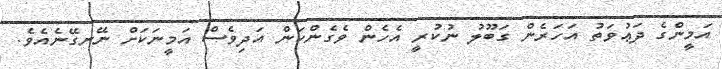
އަމީންގެ ދަޢުވަތު އަހަރެން ގަބޫލު ނުކުރީ އެހެން ވެގެންކަން އަދިވެސް އަމީނަކަށް ނޭނގޭނެއެވެ.